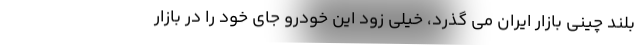
بلند چینی بازار ایران می گذرد، خیلی زود این خودرو جای خود را در بازار